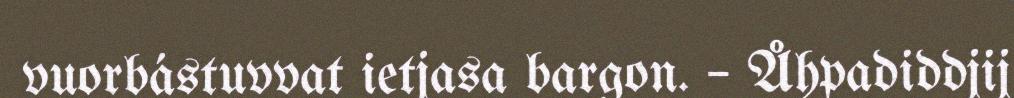
vuorbástuvvat ietjasa bargon. – Åhpadiddjij